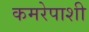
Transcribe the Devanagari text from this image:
कमरेपाशी